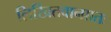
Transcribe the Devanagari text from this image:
लिखितवान्प्रातः